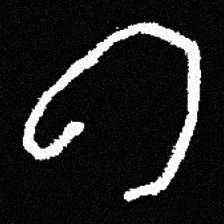
Pyu character \u2014 Myanmar letter: ဂ (romanized: ga)